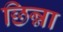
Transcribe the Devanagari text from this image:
छिन्ना